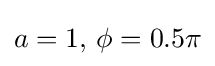
a=1,\,\phi =0.5\pi